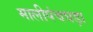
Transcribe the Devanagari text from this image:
मालीपंचघड़ा